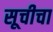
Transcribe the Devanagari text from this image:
सूचीचा